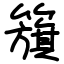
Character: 籏